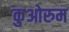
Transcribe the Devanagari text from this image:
कुओरुम